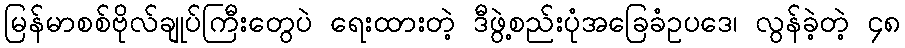
မြန်မာစစ်ဗိုလ်ချုပ်ကြီးတွေပဲ ရေးထားတဲ့ ဒီဖွဲ့စည်းပုံအခြေခံဥပဒေ၊ လွန်ခဲ့တဲ့ ၄၈